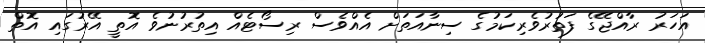
އަހަރު ރާއްޖޭގެ ފަތުރުވެރިކަމުގެ ސިނާއަތަށް އެއްވެސް ރިސޯޓެއް އިތުރުނުވެ އޮތީ އޭރުގައި އޮތް